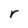
Character: r